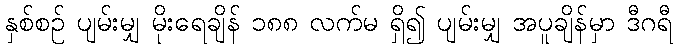
နှစ်စဉ် ပျမ်းမျှ မိုးရေချိန် ၁၈၈ လက်မ ရှိ၍ ပျမ်းမျှ အပူချိန်မှာ ဒီဂရီ